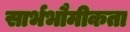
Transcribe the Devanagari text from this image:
सार्भभौमीकता